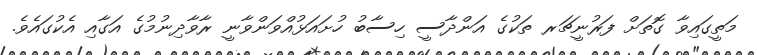
މަތީގައިވާ ގޮތަށް ފަރުނީޗަރ ތަކުގެ އަންދާސީ ހިސާބު ހުށައަޅުއްވަންވާނީ ރާވާދިނުމުގެ އަގާއި އެކުގައެވެ.